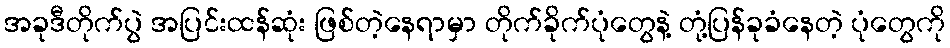
အခုဒီတိုက်ပွဲ အပြင်းထန်ဆုံး ဖြစ်တဲ့နေရာမှာ တိုက်ခိုက်ပုံတွေနဲ့ တုံ့ပြန်ခုခံနေတဲ့ ပုံတွေကို